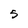
Character: 5